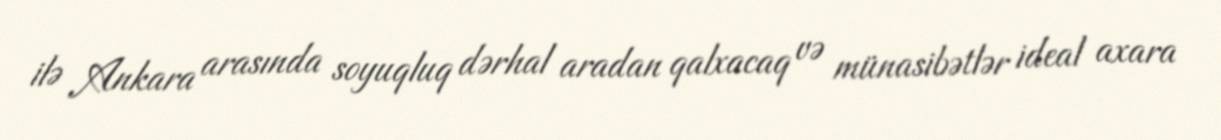
ilə Ankara arasında soyuqluq dərhal aradan qalxacaq və münasibətlər ideal axara